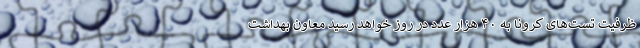
ظرفیت تست‌های کرونا به ۴۰ هزار عدد در روز خواهد رسید معاون بهداشت